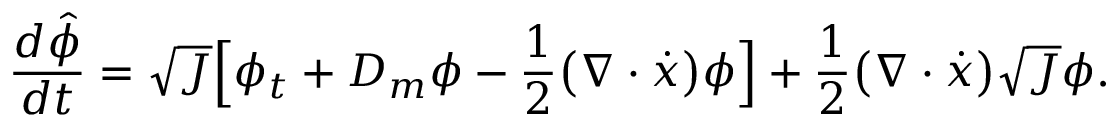
\frac { d \hat { \phi } } { d t } = \sqrt { J } \Big [ \phi _ { t } + D _ { m } \phi - \frac { 1 } { 2 } \big ( \nabla \cdot \dot { x } \big ) \phi \Big ] + \frac { 1 } { 2 } \big ( \nabla \cdot \dot { x } \big ) \sqrt { J } \phi .